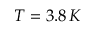
T = 3 . 8 \, K